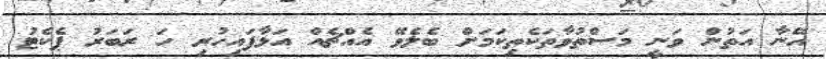
އޭނާ އަތުން ވަނީ މަސްތުވާތަކެތިކަމަށް ބެލެވޭ އެއްޗެއް އަޅާފައިހުރި ހަ ރަބަރު ޕެކެޓު